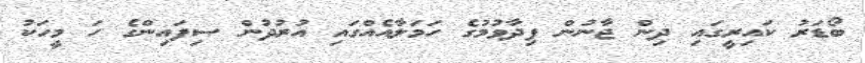
ބޯޑަރު ކައިރީގައި ދިން ޖާނުން ފިދާވުމުގެ ހަމަލާއެއްގައި އުރުދުން ސިފައިންގެ ހަ މީހަކު